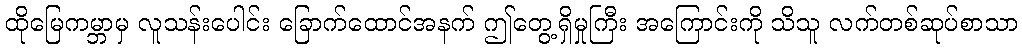
ထိုမြေကမ္ဘာမှ လူသန်းပေါင်း ခြောက်ထောင်အနက် ဤတွေ့ရှိမှုကြီး အကြောင်းကို သိသူ လက်တစ်ဆုပ်စာသာ